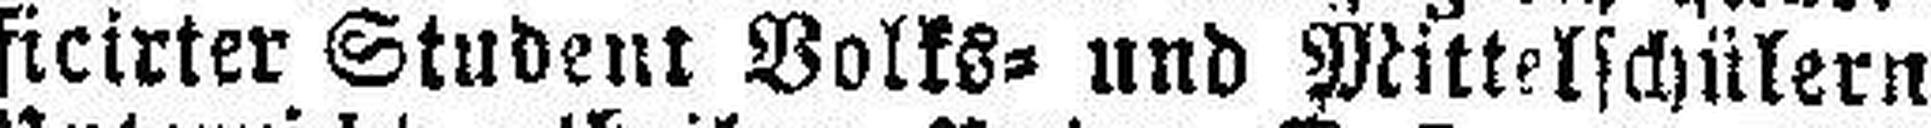
ficirter Student Volks= und Mittelschülern